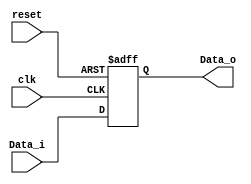
`timescale 1ns / 1ps

module RegTemp(reset, clk, Data_i, Data_o);
    //Input Clock Signals
    input reset;
    input clk;
    //Input Data
    input [31:0] Data_i;
    //Output Data
    output reg [31:0] Data_o;
    
    always@(posedge reset or posedge clk) begin
        if (reset) begin
            Data_o <= 32'h00000000;
        end else begin
            Data_o <= Data_i;
        end
    end
endmodule